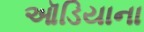
ઑડિયાના